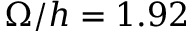
\Omega / h = 1 . 9 2